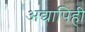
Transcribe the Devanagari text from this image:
अद्यापिही